65_HS1-834228961_62-HQ-83894_Serial_438
Agency: FBI
Page 5
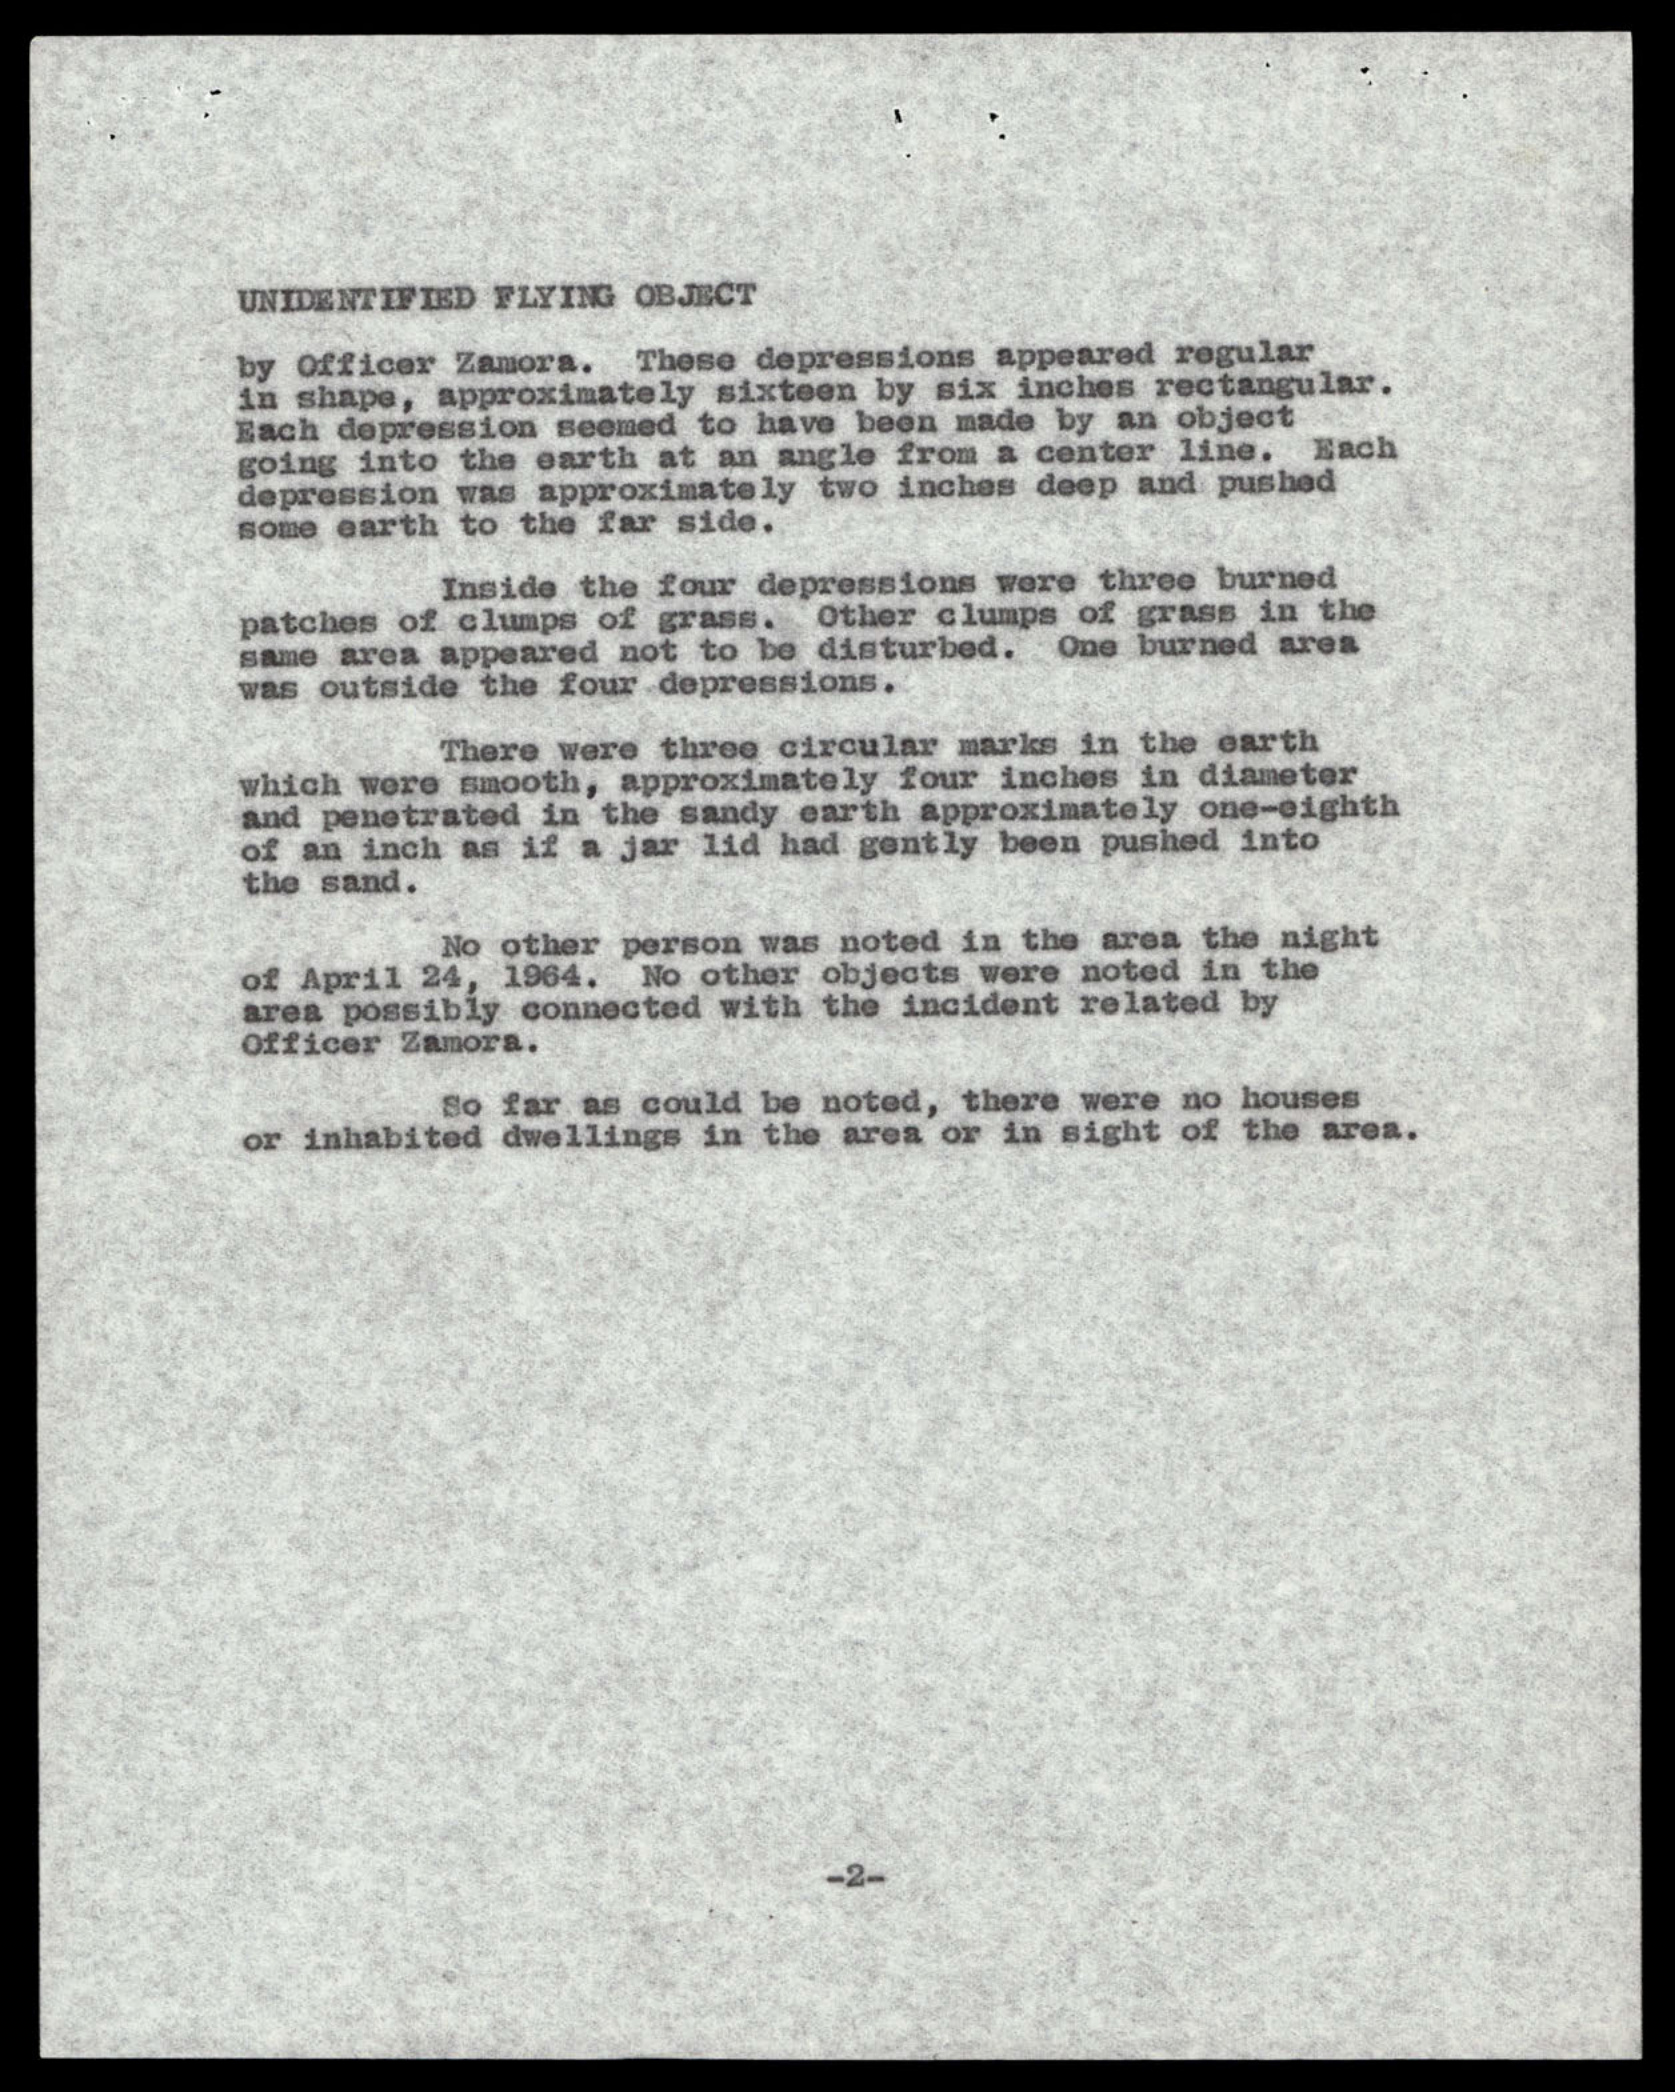